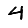
Digit: 4